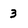
Character: 3